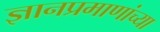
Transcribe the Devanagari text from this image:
ज्ञानप्रमाणांच्या